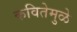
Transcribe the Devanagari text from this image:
कवितेमुळे